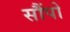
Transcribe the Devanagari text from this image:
सौंपो